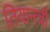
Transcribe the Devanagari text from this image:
तियानची